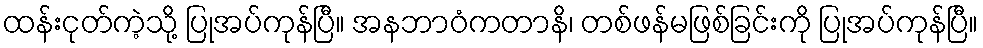
ထန်းငုတ်ကဲ့သို့ ပြုအပ်ကုန်ပြီ။ အနဘာဝံကတာနိ၊ တစ်ဖန်မဖြစ်ခြင်းကို ပြုအပ်ကုန်ပြီ။